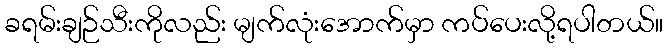
ခရမ်းချဉ်သီးကိုလည်း မျက်လုံးအောက်မှာ ကပ်ပေးလို့ရပါတယ်။